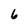
Character: 6